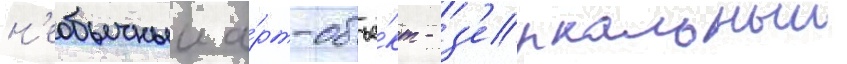
н'еобычныи а́рт-объе́кт - з'еркальныи